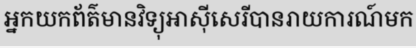
អ្នកយកព័ត៌មានវិទ្យុអាស៊ីសេរីបានរាយការណ៍មក